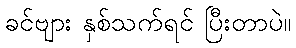
ခင်ဗျား နှစ်သက်ရင် ပြီးတာပဲ။